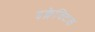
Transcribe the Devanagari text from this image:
इक्लेक्टिक